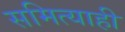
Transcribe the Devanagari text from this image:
समित्याही